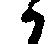
へ